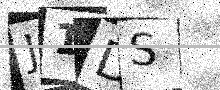
Text: J1DS